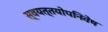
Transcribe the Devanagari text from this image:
स्वयत्तयोपनिवेष